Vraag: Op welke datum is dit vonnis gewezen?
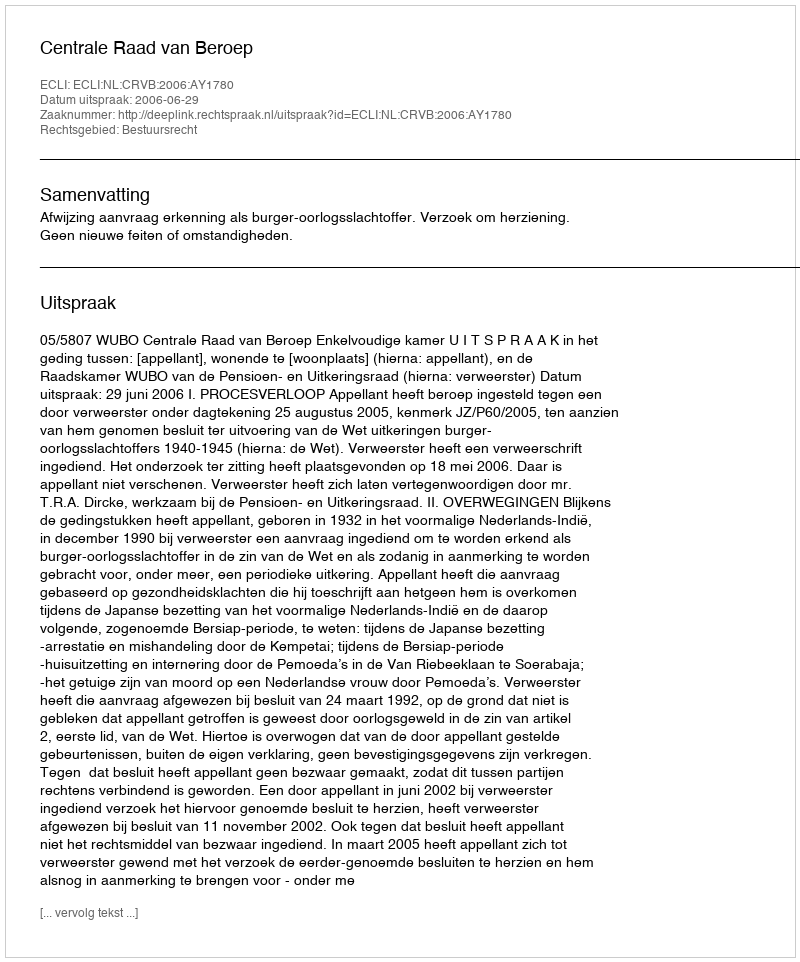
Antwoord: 2006-06-29